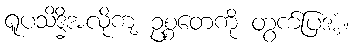
ရူပသိဒ္ဓိအလိုကျ ဥစ္စတေကို တွက်ပြအံ့။